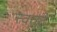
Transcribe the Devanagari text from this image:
त्वत्तटे